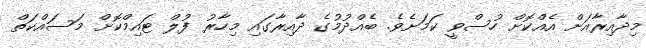
މިދާއިރާއަށް އެއްކޮށް ހުސްވީ ކަމަށެވެ. ބެއްދުމުގެ ދާއިރާގައި މިހާރު ފުލް ޓައިމްކޮށް މަސައްކަތް